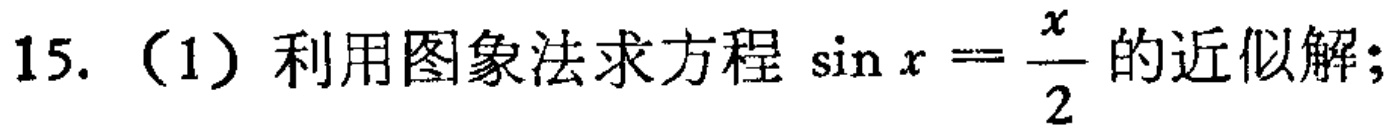
15.（1）利用图象法求方程$\sin x = \frac{x}{2}$的近似解；